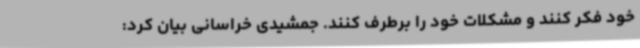
خود فکر کنند و مشکلات خود را برطرف کنند. جمشیدی خراسانی بیان کرد: